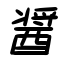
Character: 醤